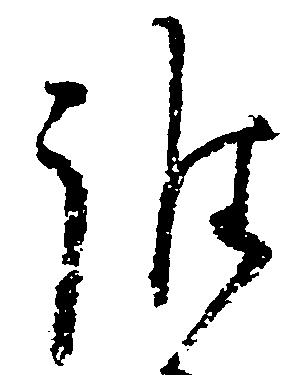
誰